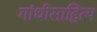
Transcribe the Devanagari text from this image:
गांधीसाहित्य